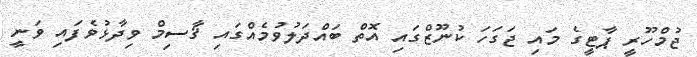
ޖުމްހޫރީ ޕާޓީގެ މައި ޖަގަހަ ކުނޫޒްގައި އޮތް ބައްދަލުވުމެއްގައި ޤާސިމް ވިދާޅުވެފައި ވަނީ